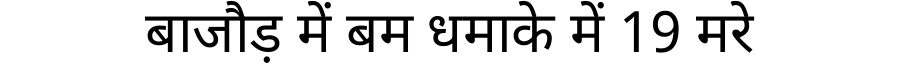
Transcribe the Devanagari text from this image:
बाजौड़ में बम धमाके में 19 मरे